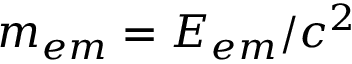
m _ { e m } = E _ { e m } / c ^ { 2 }